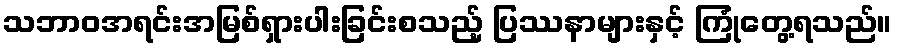
သဘာဝအရင်းအမြစ်ရှားပါးခြင်းစသည့် ပြဿနာများနှင့် ကြုံတွေ့ရသည်။